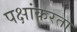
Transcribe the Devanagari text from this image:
पक्षांकरता